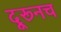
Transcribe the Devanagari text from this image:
दूरूनच